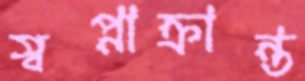
স্বপ্নাক্রান্ত